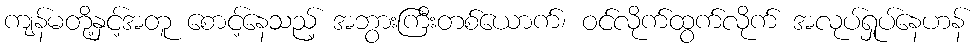
ကျန်မတို့နှင့်အတူ စောင့်နေသည့် အဘွားကြီးတစ်ယောက်၊ ဝင်လိုက်ထွက်လိုက် အလုပ်ရှုပ်နေဟန်